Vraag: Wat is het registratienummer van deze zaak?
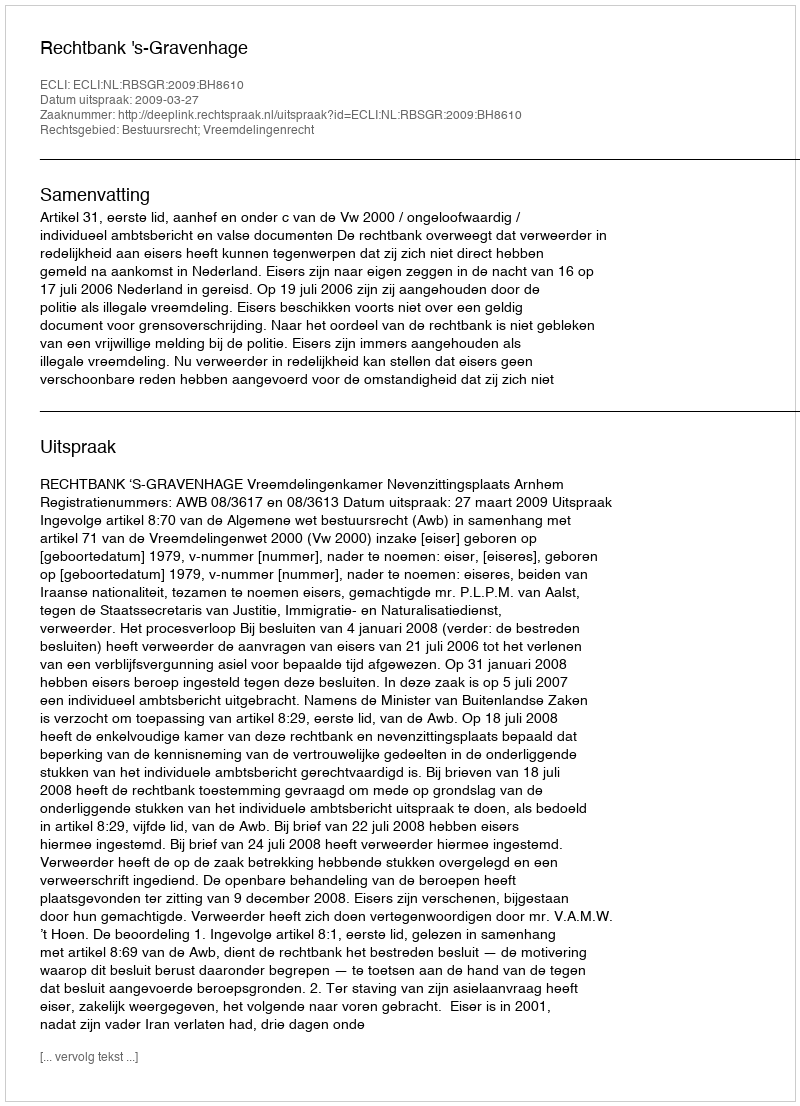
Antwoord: http://deeplink.rechtspraak.nl/uitspraak?id=ECLI:NL:RBSGR:2009:BH8610